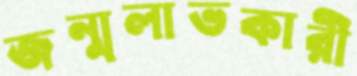
জন্মলাভকারী